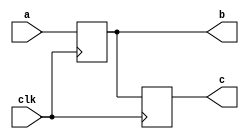

`timescale 1ns/1ns

module blocking( c, b, a, clk);
  
  output reg [3:0] c, b;
  
  input [3:0] a;
  input clk;
  
  //always @(posedge clk)
  //begin
    //b = a;
    //c = b;
    
    //$display("????? c = %d, b = %d, a = %d.", c, b, a);
  //end
  
  always @(posedge clk) b = a;
  always @(posedge clk) c = b;  
  
endmodule